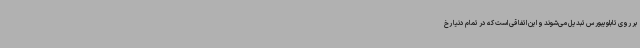
بر روی تابلویبورس تبدیل می‌شوند و این اتفاقی است که در تمام دنیا رخ